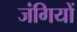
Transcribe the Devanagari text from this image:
जंगियों